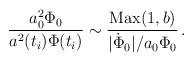
LaTeX: \begin{align*}{a^2_0 \Phi_0 \over a^2(t_i) \Phi(t_i) } \sim { {\rm Max}(1,b) \over |{\dot\Phi_0}|/a_0\Phi_0 } \,.\end{align*}